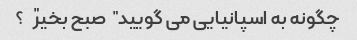
چگونه به اسپانیایی می گویید "صبح بخیر"؟